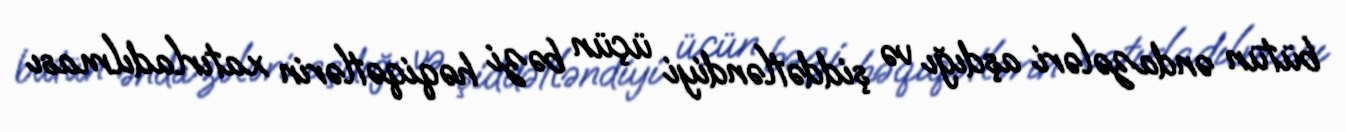
bütün əndazələri aşdığı və şiddətləndiyi üçün bəzi həqiqətlərin xatırladılması